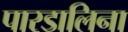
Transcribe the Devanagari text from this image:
पारडालिना